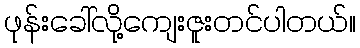
ဖုန်းခေါ်လို့ကျေးဇူးတင်ပါတယ်။